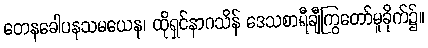
တေနခေါပနသမယေန၊ ထိုရှင်နာဂသိန် ဒေသစာရီချီကြွတော်မူခိုက်၌။